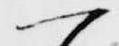
一